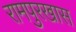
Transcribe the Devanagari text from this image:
रामपुरखास